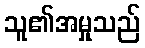
သူ၏အမှုသည်